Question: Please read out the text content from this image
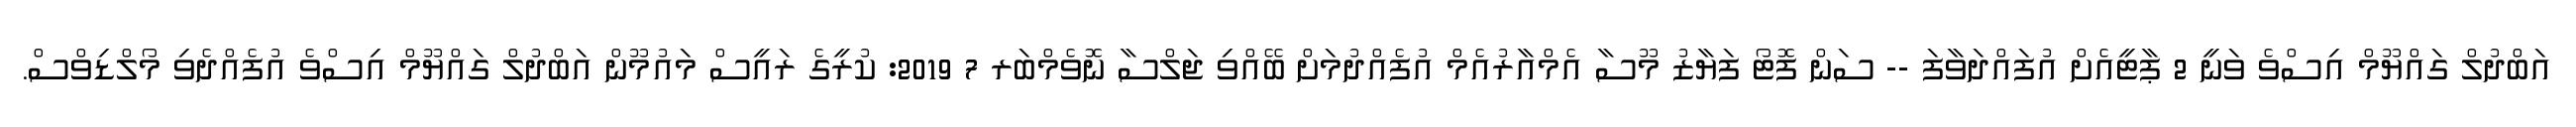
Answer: އަބްދުލް ގައްޔޫމް އިސްވެ ވަނީ 2 ޕާޓީއެށް އުފައްދަވާފަ -- ސަން ފޮޓޯ ފަޔާޒު މޫސާ އެމްއާރުއެމް އުފެއްދުމަށް ބޭއްވި ޖަލްސާ ނޮވެމްބަރ 7 2019: ކުރީގެ ރައީސް މައުމޫން އަބްދުލް ގައްޔޫމް އިސްވެ އުފެއްދެވި މޯލްޑިވްސް.